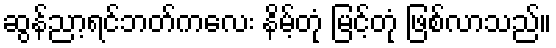
ဆွန်ညာ့ရင်ဘတ်ကလေး နိမ့်တုံ မြင့်တုံ ဖြစ်လာသည်။